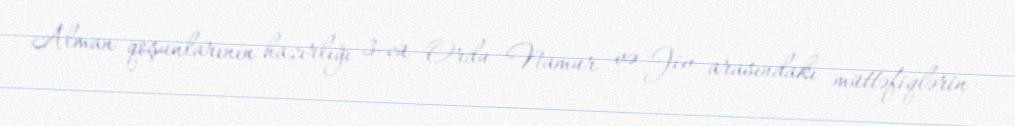
Alman qoşunlarının hazırlığı 3-cü Ordu Namur və Jiv arasındakı müttəfiqlərin